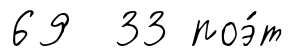
69 33 поэ́т